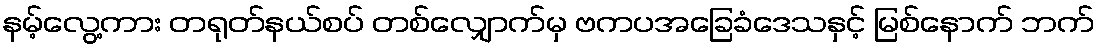
နမ့်လွေ့ကား တရုတ်နယ်စပ် တစ်လျှောက်မှ ဗကပအခြေခံဒေသနှင့် မြစ်နောက် ဘက်